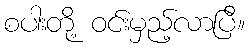
စပါးတို့ ဝင်းမှည့်လာပြီ။